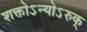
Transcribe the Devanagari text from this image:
शक्तोऽन्योऽरुक्